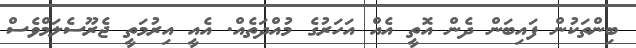
ބިންތަކުން ފައިބަން ދެން އޮތީ އެއް އަހަރުގެ މުއްދަތެއް. އެއީ އިރުމަތީ ޖެރޫސެލަމްވެސް